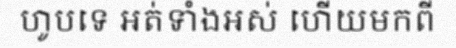
ហូបទេ អត់ទាំងអស់ ហើយមកពី